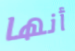
أنها